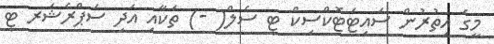
މީގެ އިތުރުން ސައިޓަޓޮކްސިކް ޓީ ސެލް( -) ތަކާއި އަދި ސަޕްރެޝަރ ޓީ